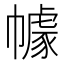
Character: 𭘶